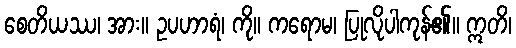
စေတိယဿ၊ အား။ ဥပဟာရံ၊ ကို။ ကရောမ၊ ပြုလိုပါကုန်၏။ ဣတိ၊